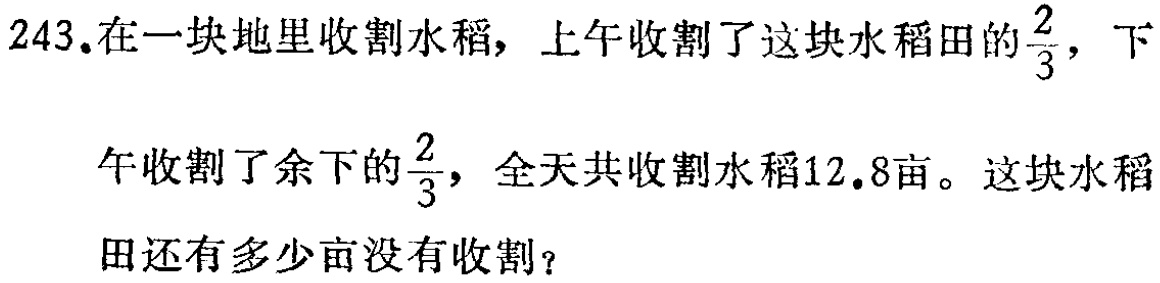
243.在一块地里收割水稻，上午收割了这块水稻田的$\frac{2}{3}$，下

午收割了余下的$\frac{2}{3}$，全天共收割水稻12.8亩。这块水稻

田还有多少亩没有收割？